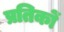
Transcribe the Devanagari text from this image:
प्रतिकों